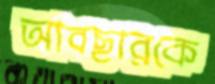
আবছারকে